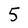
Character: 5